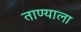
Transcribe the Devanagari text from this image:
ताण्याला